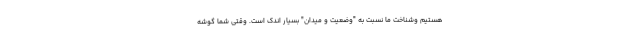
هستیم وشناخت ما نسبت به "وضعیت و میدان" بسیار اندک است. وقتی شما گوشه